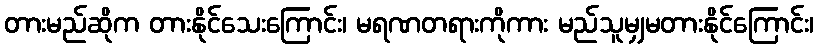
တားမည်ဆိုက တားနိုင်သေးကြောင်း၊ မရဏတရားကိုကား မည်သူမျှမတားနိုင်ကြောင်း၊